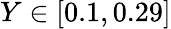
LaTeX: Y\in[0.1,0.29]